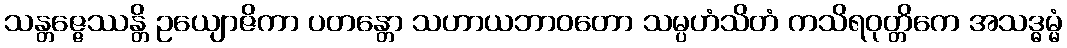
သန္တဇ္ဇေဿန္တိ ဥယျောဇိကာ ပတန္တော သဟာယဘာဝတော သမ္ပဟံသိတံ ကသိရဝုတ္တိကေ အသဒ္ဓမ္မံ